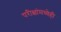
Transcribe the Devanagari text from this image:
परीक्षांमध्येही